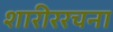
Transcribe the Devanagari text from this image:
शारीररचना